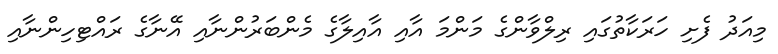
މިއަދު ފެށި ހަރަކާތުގައި ރިލްވާންގެ މަންމަ އާއި އާއިލާގެ މެންބަރުންނާއި އޭނާގެ ރައްޓިހިންނާއި